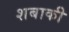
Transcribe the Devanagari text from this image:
शबाकी